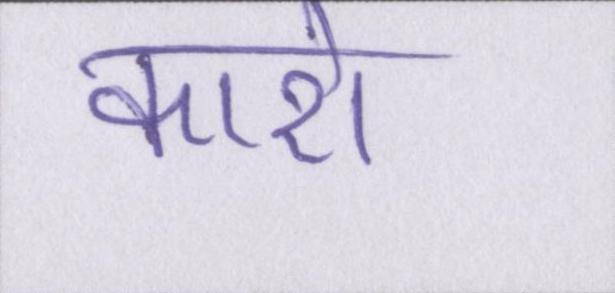
कारो